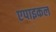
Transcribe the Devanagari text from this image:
एपाइकल